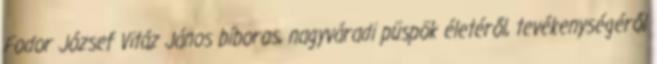
Fodor József Vitáz János bíboros, nagyváradi püspök életéről, tevékenységéről